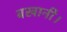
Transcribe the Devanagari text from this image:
बखानी।